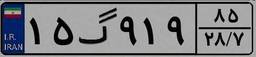
۱۵گ۹۱۹۸۵